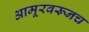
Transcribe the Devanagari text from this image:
आमूरवरूनच